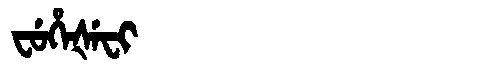
Manchu: ᠸᡠᡥᡝᡧᡝᠸᡳ
Romanization: FUHEŠEFI